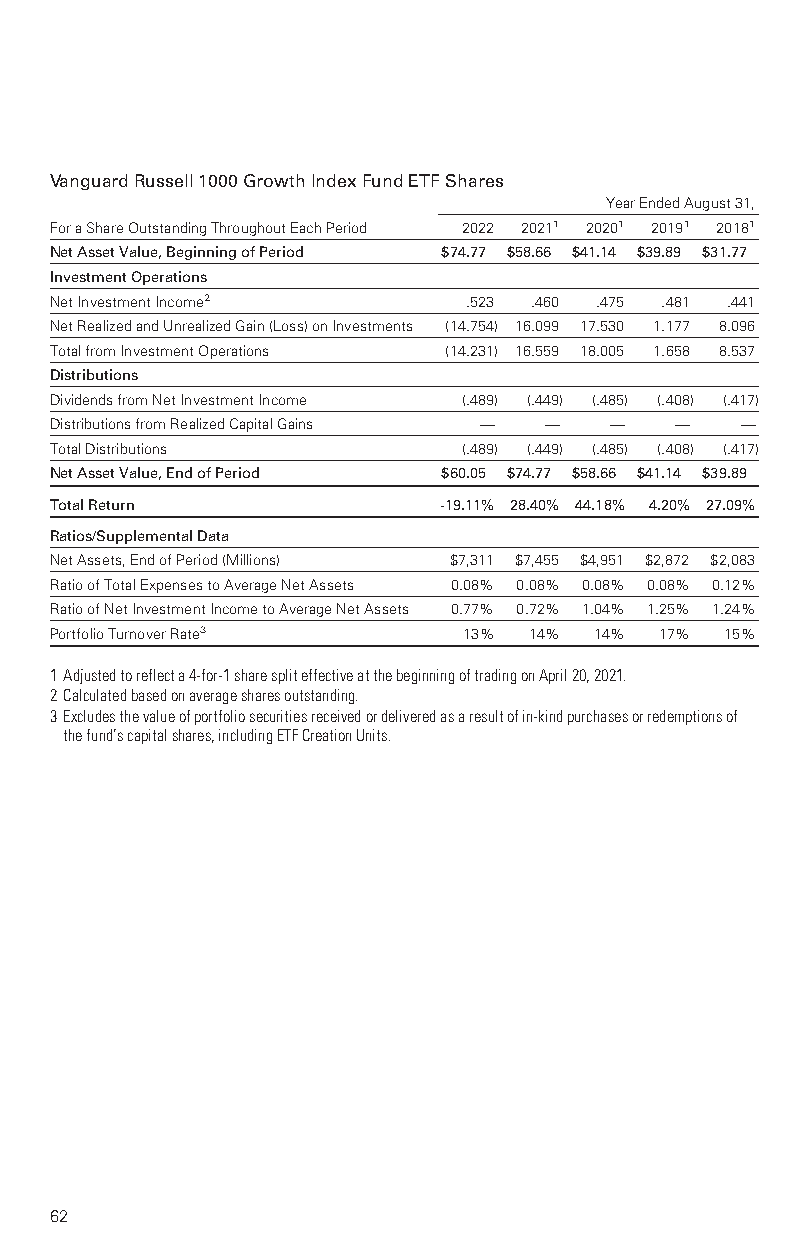
VanguardRussell1000GrowthIndexFundETFShares
 YearEndedAugust31,
 ForaShareOutstandingThroughoutEachPeriod 2022 20211 20201 20191 20181
 NetAssetValue,BeginningofPeriod $74.77 $58.66 $41.14 $39.89 $31.77
 InvestmentOperations
 NetInvestmentIncome2        .523 .460 .475 .481 .441
 NetRealizedandUnrealizedGain(Loss)onInvestments (14.754) 16.099 17.530 1.177 8.096
 TotalfromInvestmentOperations (14.231) 16.559 18.005 1.658 8.537
 Distributions
 DividendsfromNetInvestmentIncome (.489) (.449) (.485) (.408) (.417)
 DistributionsfromRealizedCapitalGains — — — — —
 TotalDistributions          (.489) (.449) (.485) (.408) (.417)
 NetAssetValue,EndofPeriod $60.05 $74.77 $58.66 $41.14 $39.89
 TotalReturn               -19.11% 28.40% 44.18% 4.20% 27.09%
 Ratios/SupplementalData
 NetAssets,EndofPeriod(Millions) $7,311 $7,455 $4,951 $2,872 $2,083
 RatioofTotalExpensestoAverageNetAssets 0.08% 0.08% 0.08% 0.08% 0.12%
 RatioofNetInvestmentIncometoAverageNetAssets 0.77% 0.72% 1.04% 1.25% 1.24%
 PortfolioTurnoverRate3      13% 14% 14%  17% 15%
 1Adjustedtoreflecta4-for-1sharespliteffectiveatthebeginningoftradingonApril20,2021.
 2Calculatedbasedonaveragesharesoutstanding.
 3Excludesthevalueofportfoliosecuritiesreceivedordeliveredasaresultofin-kindpurchasesorredemptionsof
 thefund’scapitalshares,includingETFCreationUnits.
 62